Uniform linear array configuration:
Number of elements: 24
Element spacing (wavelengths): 0.75
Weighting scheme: hann
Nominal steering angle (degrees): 30
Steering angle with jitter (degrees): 31.312
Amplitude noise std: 0.05
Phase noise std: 0.05

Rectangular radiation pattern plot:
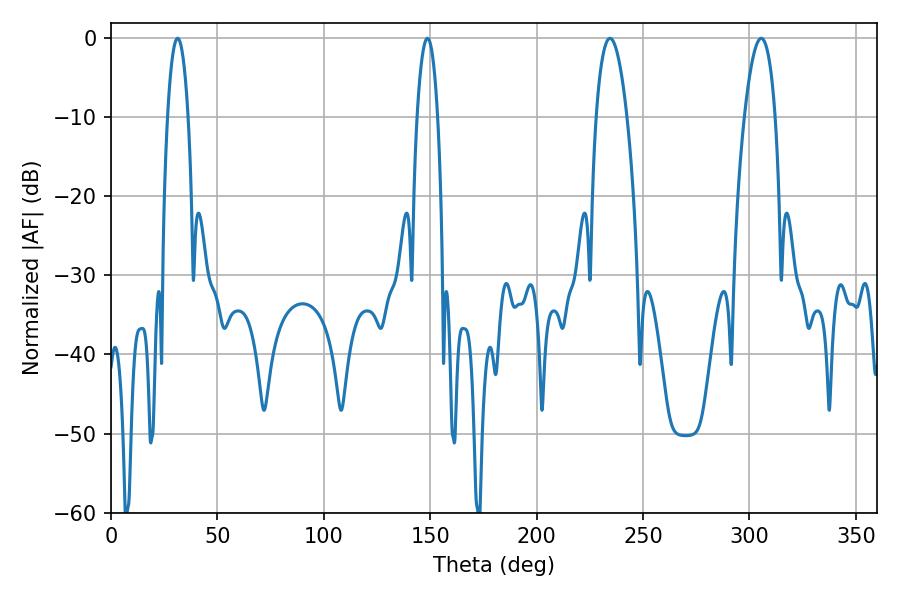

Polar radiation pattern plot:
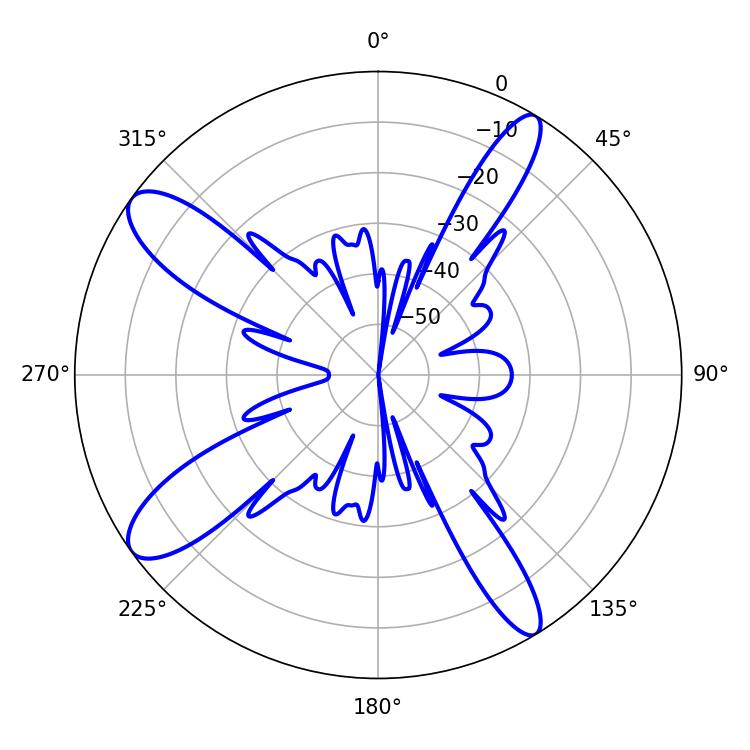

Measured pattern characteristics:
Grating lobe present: TRUE
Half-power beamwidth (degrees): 5.4
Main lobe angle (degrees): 148.68